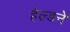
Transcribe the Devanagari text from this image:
हेल्डने